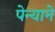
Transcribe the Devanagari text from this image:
पेन्याने